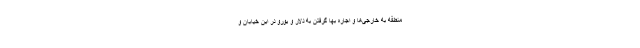
منطقه به خارجی‌ها و اجاره بها گرفتن به دلار و یورو در این خیابان و